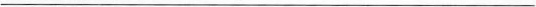
___